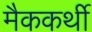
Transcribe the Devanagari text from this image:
मैककर्थी